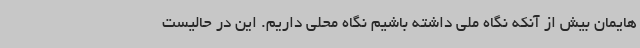
هایمان بیش از آنکه نگاه ملی داشته باشیم نگاه محلی داریم. این در حالیست